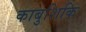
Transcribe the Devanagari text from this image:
काबुशिकि